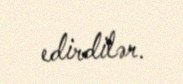
edirdilər.